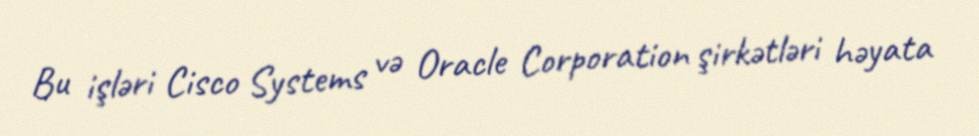
Bu işləri Cisco Systems və Oracle Corporation şirkətləri həyata